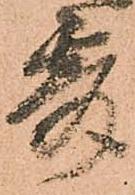
要